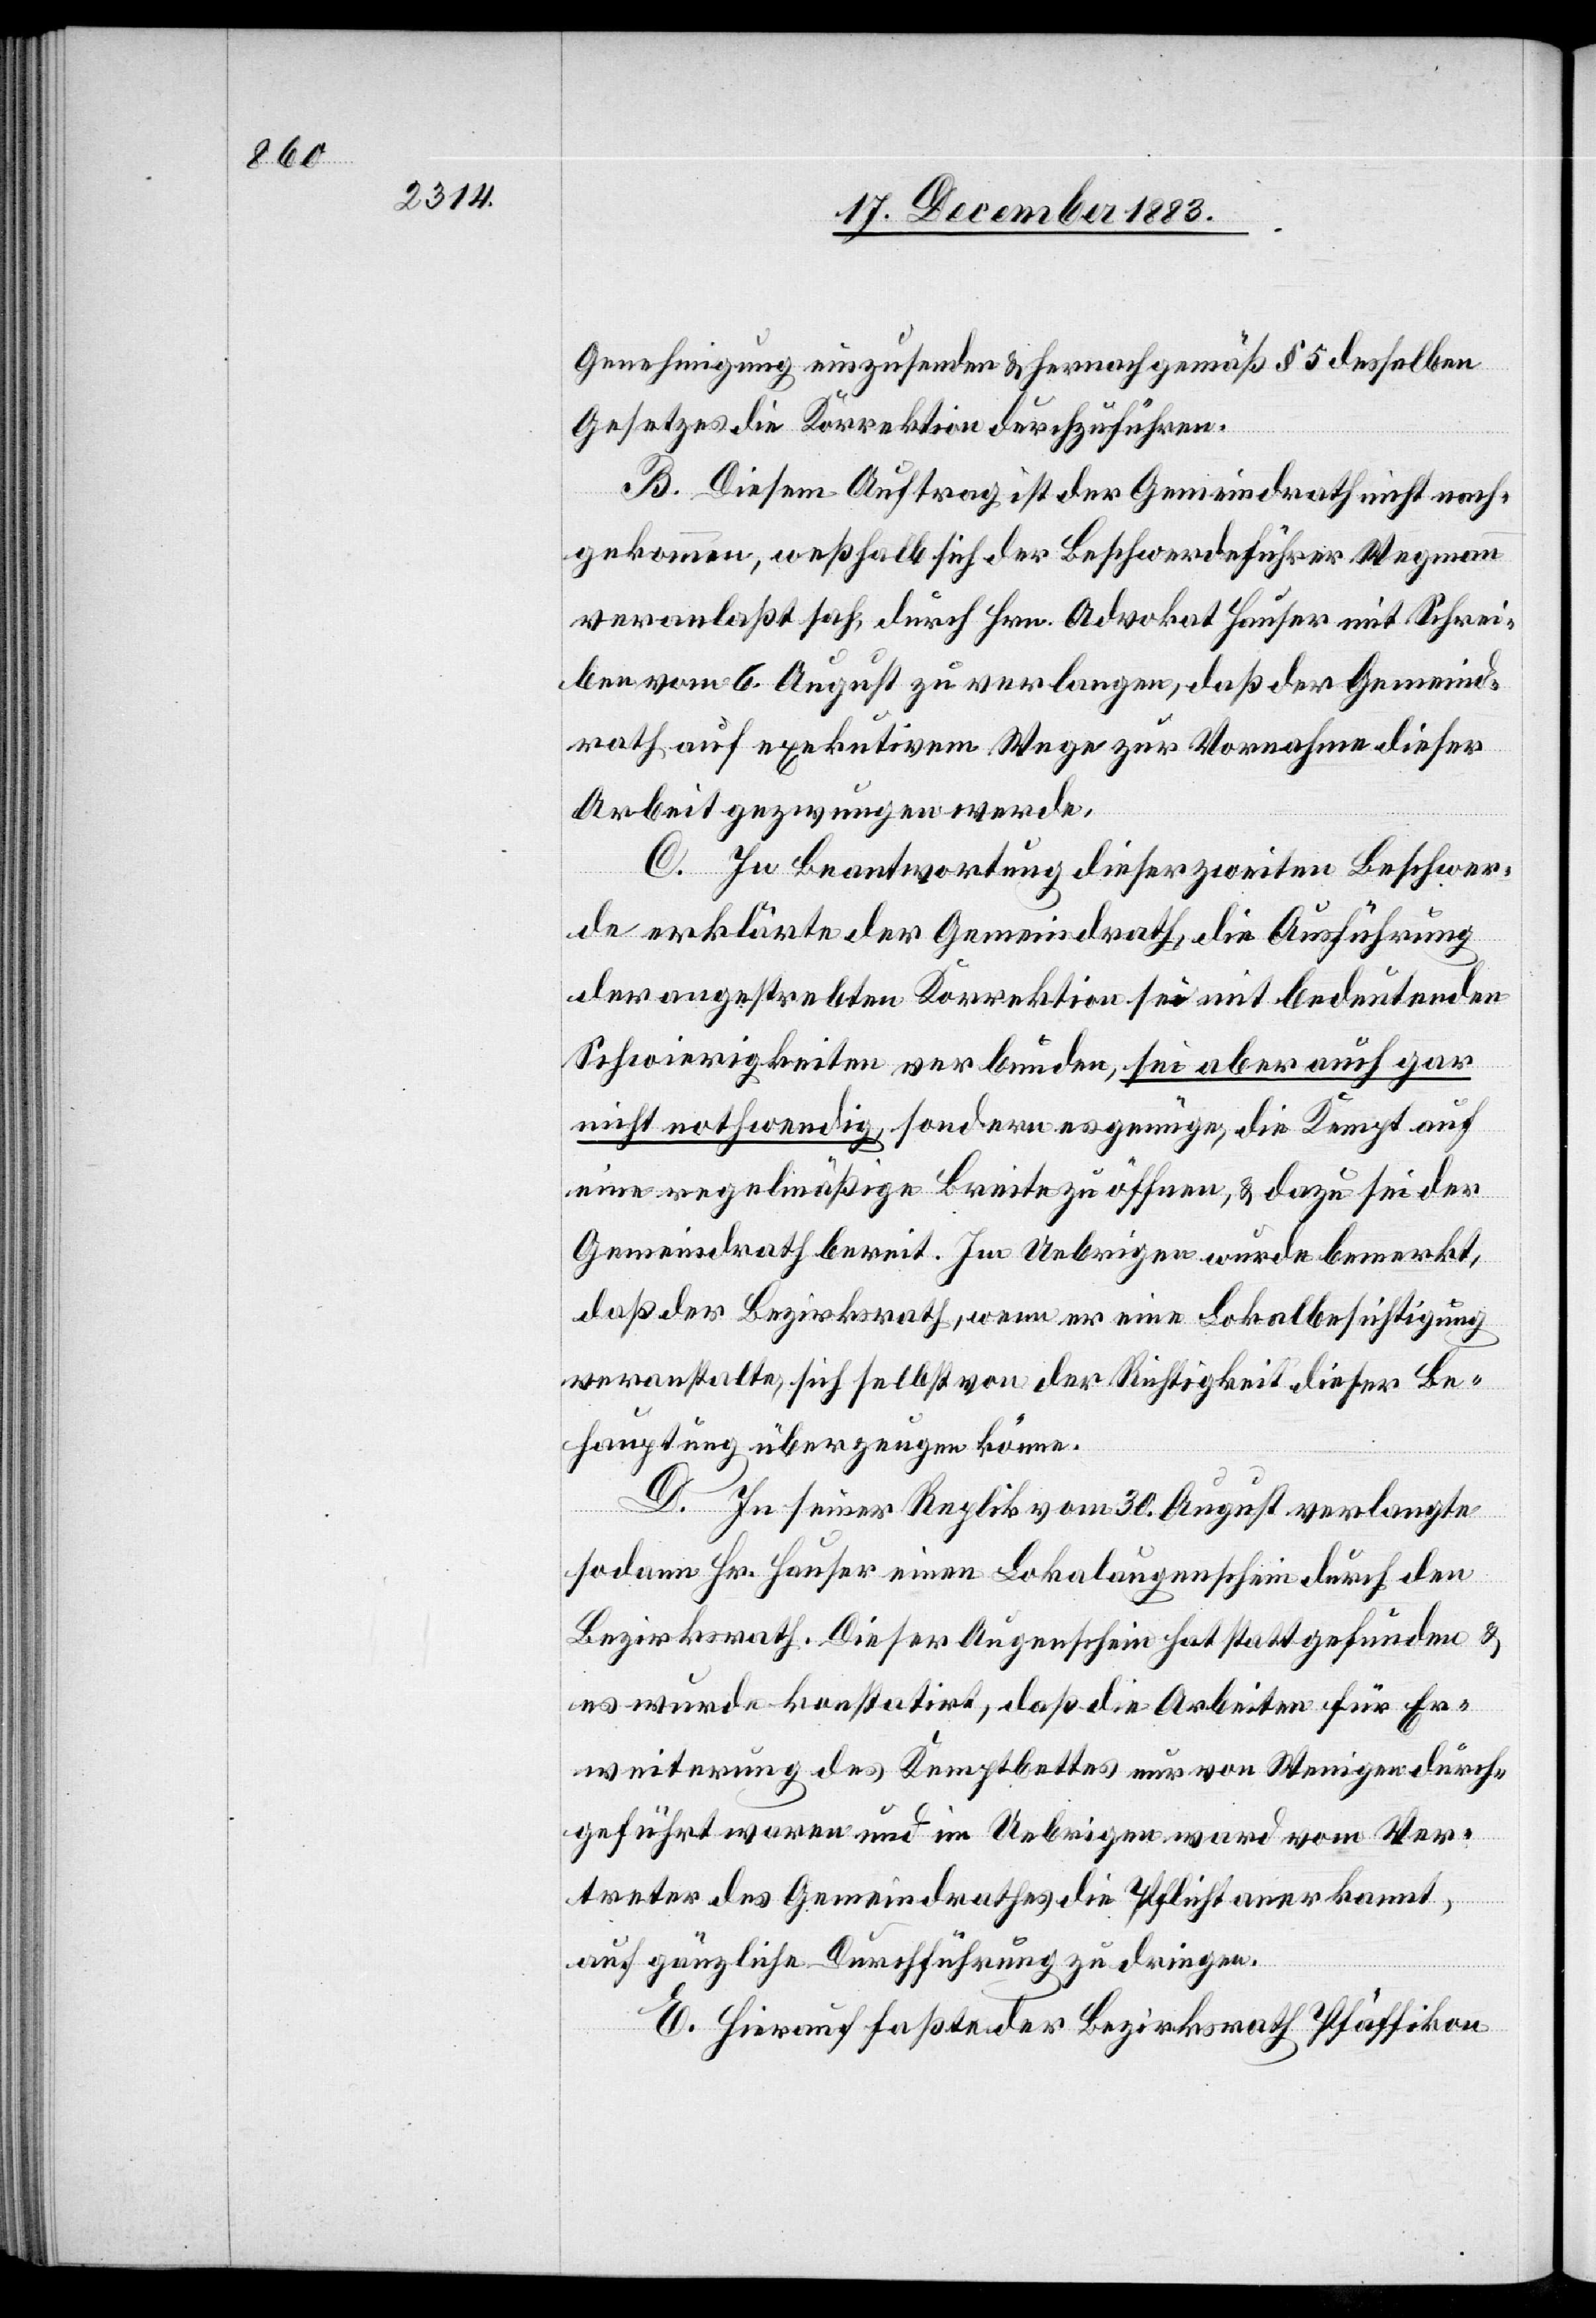
Genehmigung einzusenden & hernach gemäß § 5 desselben
Gesetzes die Korrektion durchzuführen.
B. Diesem Auftrag ist der Gemeindrath nicht nach¬
gekommen, weßhalb sich der Beschwerdeführer Wegmann
veranlaßt sah, durch Hrn. Advokat Hauser mit Schrei¬
ben vom 6. August zu verlangen, daß der Gemeind¬
rath auf exekutivem Wege zur Vornahme dieser
Arbeit gezwungen werde.
C. In Beantwortung dieser zweiten Beschwer¬
de erklärte der Gemeindrath, die Ausführung
der angestrebten Korrektion sei mit bedeutenden
Schwierigkeiten verbunden, sei aber auch gar
nicht nothwendig, sondern es genüge, die Kempt auf
ein regelmäßige Breite zu öffnen, & dazu sei der
Gemeindrath bereit. Im Uebrigen wurde bemerkt,
daß der Bezirksrath, wenn er eine Lokalbesichtigung
veranstalte, sich selbst von der Richtigkeit dieser Be¬
hauptung überzeugen könne.
D. In seiner Replik vom 30. August verlangte
sodann Hr. Hauser einen Lokalaugenschein durch den
Bezirksrath. Dieser Augenschein hat stattgefunden &
es wurde konstatirt, daß die Arbeiten für Er¬
weiterung des Kemptbettes nur von Wenigen durch¬
geführt waren und im Uebrigen ward vom Ver¬
treter des Gemeindrathes die Pflicht anerkannt,
auf gänzliche Durchführung zu dringen.
E. Hierauf faßte der Bezirksrath Pfäffikon